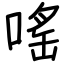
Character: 嗂